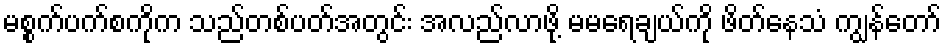
မစ္စက်ပက်စကိုက သည်တစ်ပတ်အတွင်း အလည်လာဖို့ မမရေချယ်ကို ဖိတ်နေသံ ကျွန်တော်